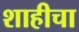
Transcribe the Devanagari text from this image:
शाहीचा